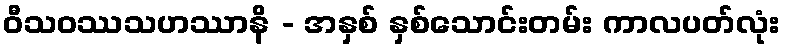
ဝီသဝဿသဟဿာနိ - အနှစ် နှစ်သောင်းတမ်း ကာလပတ်လုံး